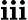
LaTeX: \mathbf{i}\mathbf{i}\mathbf{i}